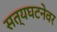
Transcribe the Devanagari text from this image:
सत्यघटनेवर